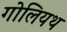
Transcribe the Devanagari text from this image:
गोलियथ